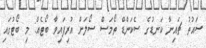
ސައުތު ޗައިނާ ކަނޑުގެ ސެކަންޑް ތޯމަސް ސޯލަށް އުރިފައިވާ ބޯޓެއް: މި ބޯޓުގައި